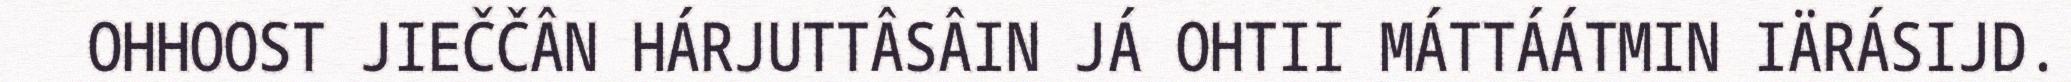
OHHOOST JIEČČÂN HÁRJUTTÂSÂIN JÁ OHTII MÁTTÁÁTMIN IÄRÁSIJD.